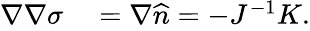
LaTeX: \begin{array}{rl}{\nabla\nabla\sigma}&{{}=\nabla\widehat{n}=-J^{-1}K.}\end{array}